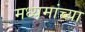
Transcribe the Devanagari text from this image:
मध्यमांच्या